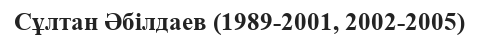
Сұлтан Әбілдаев (1989-2001, 2002-2005)